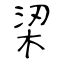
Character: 鿄